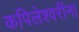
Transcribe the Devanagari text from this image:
कपिलेश्वरींना